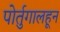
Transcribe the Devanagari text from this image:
पोर्तुगालहून